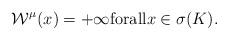
LaTeX: \begin{align*}\mathcal W^\mu( x)=+\infty{\rm for all }x\in \sigma(K).\end{align*}